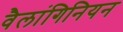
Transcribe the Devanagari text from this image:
वैलांगिनियन